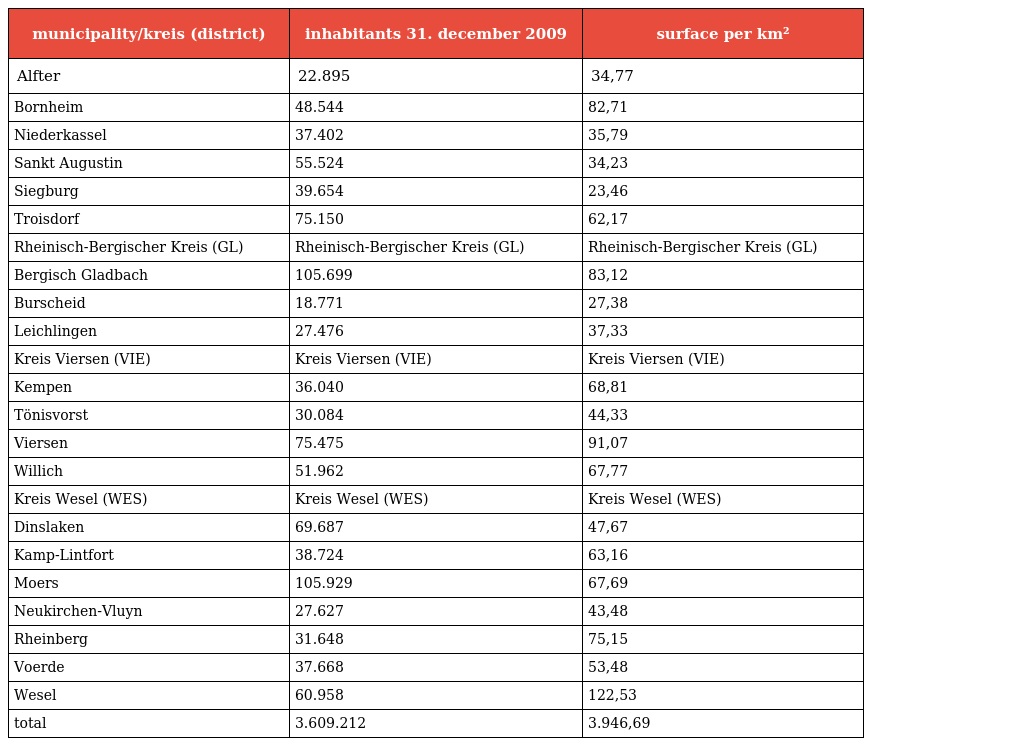
| municipality/kreis (district) | inhabitants 31. december 2009 | surface per km² |
 | --- | --- | --- |
 | Alfter | 22.895 | 34,77 |
 | Bornheim | 48.544 | 82,71 |
 | Niederkassel | 37.402 | 35,79 |
 | Sankt Augustin | 55.524 | 34,23 |
 | Siegburg | 39.654 | 23,46 |
 | Troisdorf | 75.150 | 62,17 |
 | Rheinisch-Bergischer Kreis (GL) | Rheinisch-Bergischer Kreis (GL) | Rheinisch-Bergischer Kreis (GL) |
 | Bergisch Gladbach | 105.699 | 83,12 |
 | Burscheid | 18.771 | 27,38 |
 | Leichlingen | 27.476 | 37,33 |
 | Kreis Viersen (VIE) | Kreis Viersen (VIE) | Kreis Viersen (VIE) |
 | Kempen | 36.040 | 68,81 |
 | Tönisvorst | 30.084 | 44,33 |
 | Viersen | 75.475 | 91,07 |
 | Willich | 51.962 | 67,77 |
 | Kreis Wesel (WES) | Kreis Wesel (WES) | Kreis Wesel (WES) |
 | Dinslaken | 69.687 | 47,67 |
 | Kamp-Lintfort | 38.724 | 63,16 |
 | Moers | 105.929 | 67,69 |
 | Neukirchen-Vluyn | 27.627 | 43,48 |
 | Rheinberg | 31.648 | 75,15 |
 | Voerde | 37.668 | 53,48 |
 | Wesel | 60.958 | 122,53 |
 | total | 3.609.212 | 3.946,69 |